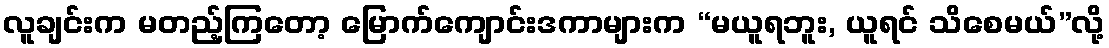
လူချင်းက မတည့်ကြတော့ မြောက်ကျောင်းဒကာများက “မယူရဘူး, ယူရင် သိစေမယ်”လို့